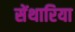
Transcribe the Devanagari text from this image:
सेंथारिया